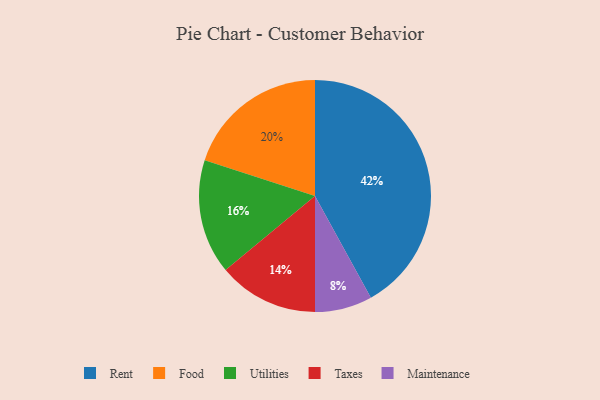
{"axis": {"x": "Category", "y": "Percentage"}, "legend": ["Food", "Maintenance", "Rent", "Taxes", "Utilities"], "data": [{"x": "Taxes", "y": 14, "type": "Taxes"}, {"x": "Utilities", "y": 16, "type": "Utilities"}, {"x": "Rent", "y": 42, "type": "Rent"}, {"x": "Maintenance", "y": 8, "type": "Maintenance"}, {"x": "Food", "y": 20, "type": "Food"}]}